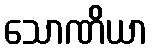
သောဏိယာ